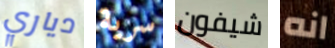
دياري سرية شيفون انه